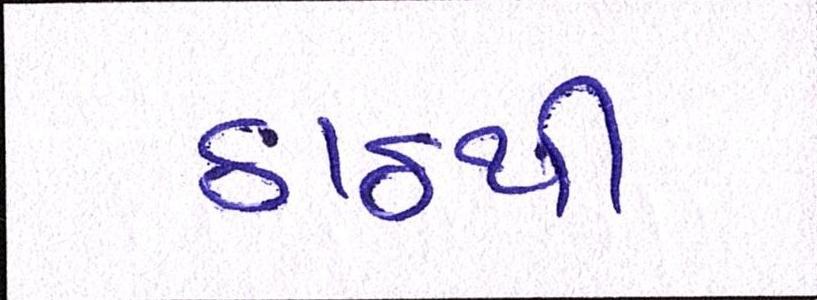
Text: ઠાઠથી